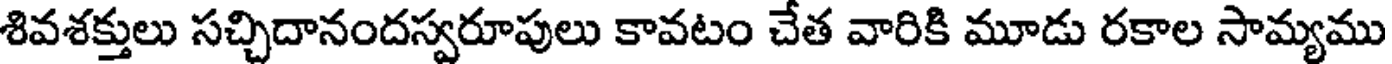
శివశక్తులు సచ్చిదానందస్వరూపులు కావటం చేత వారికి మూడు రకాల సామ్యము